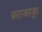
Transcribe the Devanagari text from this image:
परावाक्